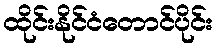
ထိုင်းနိုင်ငံတောင်ပိုင်း